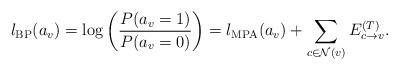
LaTeX: \begin{align*}l_{\rm BP}(a_{v}) = \log\left( \frac{P(a_{v}=1)}{P(a_{v}=0)} \right)=l_{\rm MPA}(a_{v}) + \sum_{ c \in \mathcal{N}(v) } E_{c \rightarrow v}^{(T)}. \end{align*}